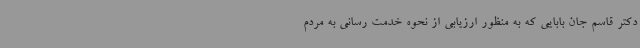
دکتر قاسم جان بابایی که به منظور ارزیابی از نحوه خدمت رسانی به مردم